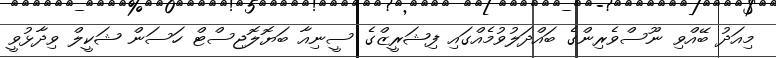
މިއަދު ބޭއްވި ނޫސްވެރިންގެ ބައްދަލުވުމެއްގައި ފިޝަރީޒްގެ ސީނިއާ ބަޔޮލޮޖިސްޓް ހަސަން ޝަކީލް ވިދާޅުވީ